Report on vaccination in the Province of Bengal - 1874-1889
Year: 1874
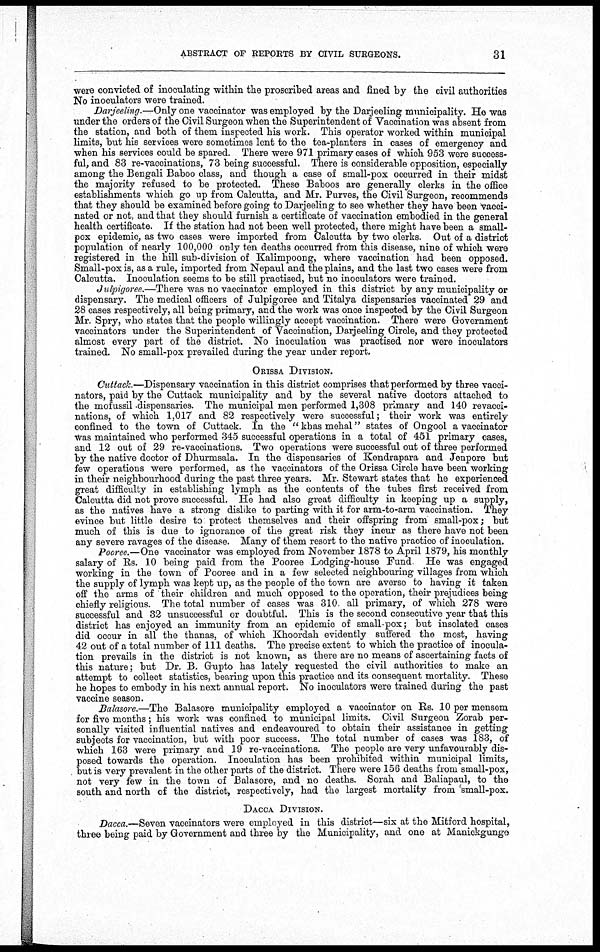
ABSTRACT OF REPORTS BY CIVIL SURGEONS.
31
were convicted of inoculating within the proscribed areas and fined by the civil authorities
No inoculators were trained.
Darjeeling.—Only one vaccinator was employed by the Darjeeling municipality. He was
under the orders of the Civil Surgeon when the Superintendent of Vaccination was absent from
the station, and both of them inspected his work. This operator worked within municipal
limits, but his services were sometimes lent to the tea-planters in cases of emergency and
when his services could be spared. There were 971 primary cases of which 953 were success-
ful, and 83 re-vaccinations, 73 being successful. There is considerable opposition, especially
among the Bengali Baboo class, and though a case of small-pox occurred in their midst
the majority refused to be protected. These Baboos are generally clerks in the office
establishments which go up from Calcutta, and Mr. Purves, the Civil Surgeon, recommends
that they should be examined before going to Darjeeling to see whether they have been vacci-
nated or not, and that they should furnish a certificate of vaccination embodied in the general
health certificate. If the station had not been well protected, there might have been a small-
pox epidemic, as two cases were imported from Calcutta by two clerks. Out of a district
population of nearly 100,000 only ten deaths occurred from this disease, nine of which were
registered in the hill sub-division of Kalimpoong, where vaccination had been opposed.
Small-pox is, as a rule, imported from Nepaul and the plains, and the last two cases were from
Calcutta. Inoculation seems to be still practised, but no inoculators were trained.
Julpigoree.—There was no vaccinator employed in this district by any municipality or
dispensary. The medical officers of Julpigoree and Titalya dispensaries vaccinated 29 and
28 cases respectively, all being primary, and the work was once inspected by the Civil Surgeon
Mr. Spry, who states that the people willingly accept vaccination. There were Government
vaccinators under the Superintendent of Vaccination, Darjeeling Circle, and they protected
almost every part of the district. No inoculation was practised nor were inoculators
trained. No small-pox prevailed during the year under report.
ORISSA DIVISION.
Cuttack.—Dispensary vaccination in this district comprises that performed by three vacci-
nators, paid by the Cuttack municipality and by the several native doctors attached to
the mofussil dispensaries. The municipal men performed 1,308 primary and 140 revacci-
nations, of which 1,017 and 82 respectively were successful; their work was entirely
confined to the town of Cuttack. In the " khas mehal" states of Ongool a vaccinator
was maintained who performed 345 successful operations in a total of 451 primary cases,
and 12 out of 29 re-vaccinations. Two operations were successful out of three performed
by the native doctor of Dhurmsala. In the dispensaries of Kendrapara and Jenpore but
few operations were performed, as the vaccinators of the Orissa Circle have been working
in their neighbourhood during the past three years. Mr. Stewart states that he experienced
great difficulty in establishing lymph as the contents of the tubes first received from
Calcutta did not prove successful. He had also great difficulty in keeping up a supply,
as the natives have a strong dislike to parting with it for arm-to-arm vaccination. They
evince but little desire to protect themselves and their offspring from small-pox; but
much of this is due to ignorance of the great risk they incur as there have not been
any severe ravages of the disease. Many of them resort to the native practice of inoculation.
Pooree.—One vaccinator was employed from November 1878 to April 1879, his monthly
salary of Rs. 10 being paid from the Pooree Lodging-house Fund He was engaged
working in the town of Pooree and in a few selected neighbouring villages from which
the supply of lymph was kept up, as the people of the town are averse to having it taken
off the arms of their children and much opposed to the operation, their prejudices being
chiefly religious. The total number of cases was 310 all primary, of which 278 were
successful and 32 unsuccessful or doubtful. This is the second consecutive year that this
district has enjoyed an immunity from an epidemic of small-pox; but insolated cases
did occur in all the thanas, of which Khoordah evidently suffered the most, having
42 out of a total number of 111 deaths. The precise extent to which the practice of inocula-
tion prevails in the district is not known, as there are no means of ascertaining facts of
this nature; but Dr. B. Gupto has lately requested the civil authorities to make an
attempt to collect statistics, bearing upon this practice and its consequent mortality. These
he hopes to embody in his next annual report. No inoculators were trained during the past
vaccine season.
Balasore.—The Balasore municipality employed a vaccinator on Rs. 10 per mensem
for five months; his work was confined to municipal limits. Civil Surgeon Zorab per-
sonally visited influential natives and endeavoured to obtain their assistance in getting
subjects for vaccination, but with poor success. The total number of cases was 183, of
which 163 were primary and 19 re-vaccinations. The people are very unfavourably dis-
posed towards the operation. Inoculation has been prohibited within municipal limits,
but is very prevalent in the other parts of the district. There were 156 deaths from small-pox,
not very few in the town of Balasore, and no deaths. Sorah and Baliapaul, to the
south and north of the district, respectively, had the largest mortality from small-pox.
DACCA DIVISION.
Dacca.—Seven vaccinators were employed in this district—six at the Mitford hospital,
three being paid by Government and three by the Municipality, and one at Manickgunge